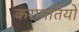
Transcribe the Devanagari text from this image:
करामतियों